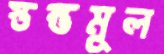
স্তম্ভমূল